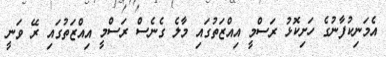
އެމަނިކުފާނުގެ ހަށިކޮޅު ރަސްމީ އިއްޒަތުގައި މާލެ ގެނެސް ރަސްމީ އިއްޒަތުގައި ރޭ ވަނީ